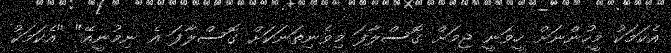
އެކަމަކު މީހުންނަށް ހީވަނީ ޖިމަށް ގޮސްލާފަ މިވެނިތަނަކަށް ގޮސްލާފަ އެ ނިމުނީއޭ" "އެކަމަކު